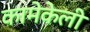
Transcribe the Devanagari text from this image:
कामेकेली